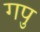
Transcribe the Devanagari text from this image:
गपु